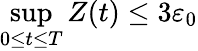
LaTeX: \operatorname*{sup}_{0\le t\le T}Z(t)\le 3\varepsilon_{0}